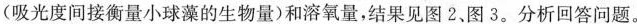
(吸光度间接衡量小球藻的生物量)和溶氧量，结果见图2、图3.分析回答问题。